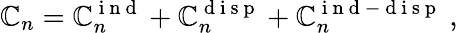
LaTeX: \mathbb{C}_{n}=\mathbb{C}_{n}^{\mathrm{{~i~n~d~}}}+\mathbb{C}_{n}^{\mathrm{{~d~i~s~p~}}}+\mathbb{C}_{n}^{\mathrm{{~i~n~d~-~d~i~s~p~}}}\ ,